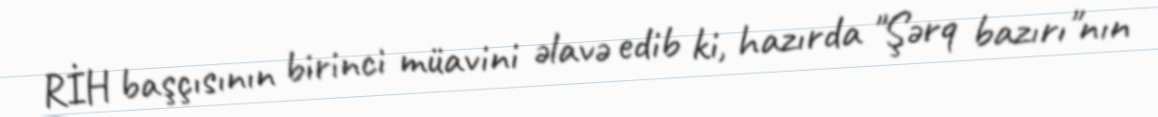
RİH başçısının birinci müavini əlavə edib ki, hazırda "Şərq bazırı"nın